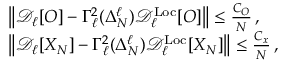
\begin{array} { r l } & { \left\| \mathcal { D } _ { \ell } [ O ] - \Gamma _ { \ell } ^ { 2 } ( \Delta _ { N } ^ { \ell } ) \mathcal { D } _ { \ell } ^ { \mathrm { L o c } } [ O ] \right\| \le \frac { C _ { O } } { N } \, , } \\ & { \left\| \mathcal { D } _ { \ell } [ X _ { N } ] - \Gamma _ { \ell } ^ { 2 } ( \Delta _ { N } ^ { \ell } ) \mathcal { D } _ { \ell } ^ { \mathrm { L o c } } [ X _ { N } ] \right\| \le \frac { C _ { x } } { N } \, , \qquad } \end{array}